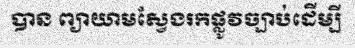
បាន ព្យាយាមស្វែងរកផ្លូវច្បាប់ដើម្បី